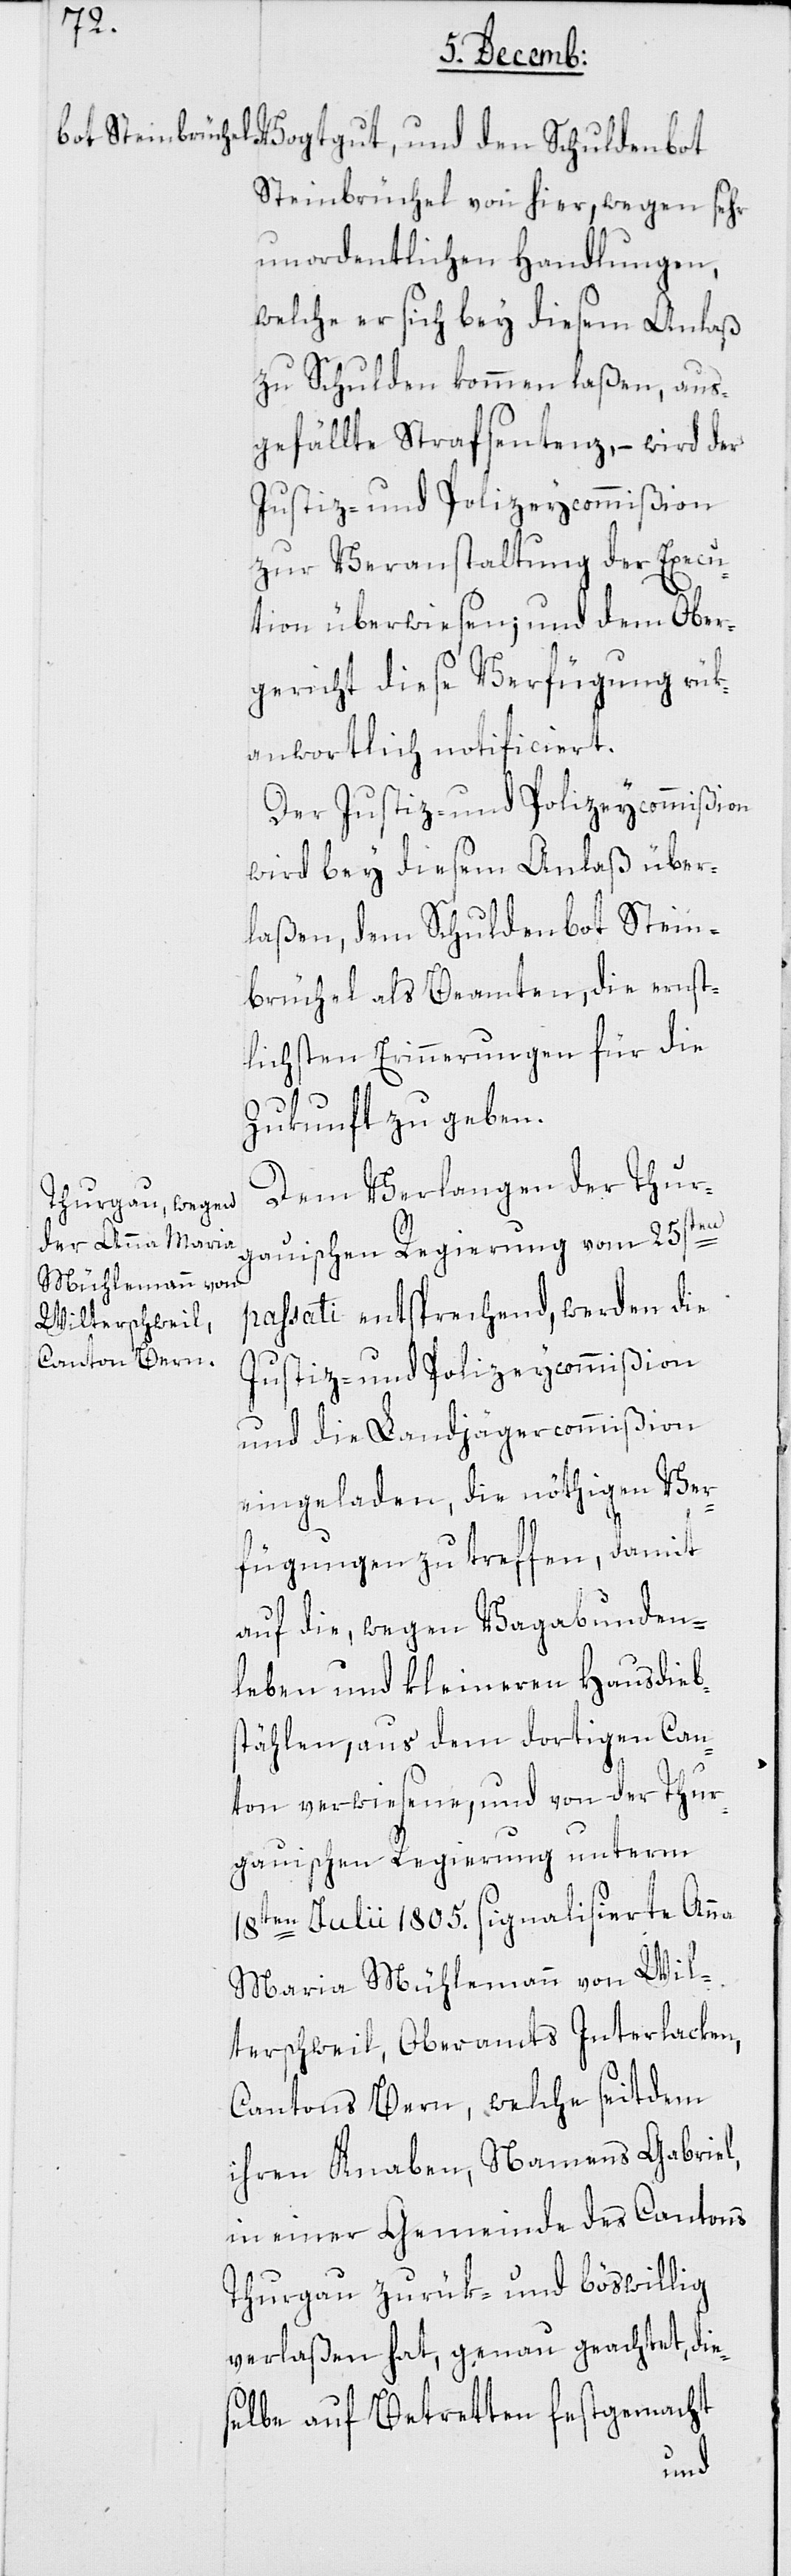
Steinbrüchel von hier, wegen sehr
unordentlichen Handlungen,
welche er sich bey diesem Anlaß
zu Schulden kommen laßen, aus¬
gefällte Strafsentenz, – wird der
Justiz- und Polizeycommißion
zur Veranstaltung der Execu¬
tion überwiesen; und dem Ober¬
gericht diese Verfügung rük¬
antwortlich notificiert.
Der Justiz- und Polizeycommißion
wird bey diesem Anlaß über¬
laßen, dem Schuldenbot Stein¬
brüchel als Beamten, die ernst¬
lichsten Erinnerungen für die
Zukunft zu geben.
Dem Verlangen der Thur¬
gauischen Regierung vom 25sten
passati entsprechend, werden die
Justiz- und Polizeycommißion
und die Landjägercommißion
eingeladen, die nöthigen Ver¬
fügungen zu treffen, damit
auf die, wegen Vagabunden¬
leben und kleineren Hausdieb¬
stählen, aus dem dortigen Can¬
ton verwiesene, und von der Thur¬
gauischen Regierung unterm
18ten Julii 1805. signalisierte Anna
Maria Mühlemann von Wil¬
terschweil, Oberamts Interlacken,
Cantons Bern, welche seitdem
ihren Knaben, Namens Gabriel,
in einer Gemeinde des Cantons
Thurgau zurük- und böswillig
verlaßen hat, genau geachtet, die¬
selbe auf Betretten festgemacht
und